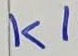
Text: K1